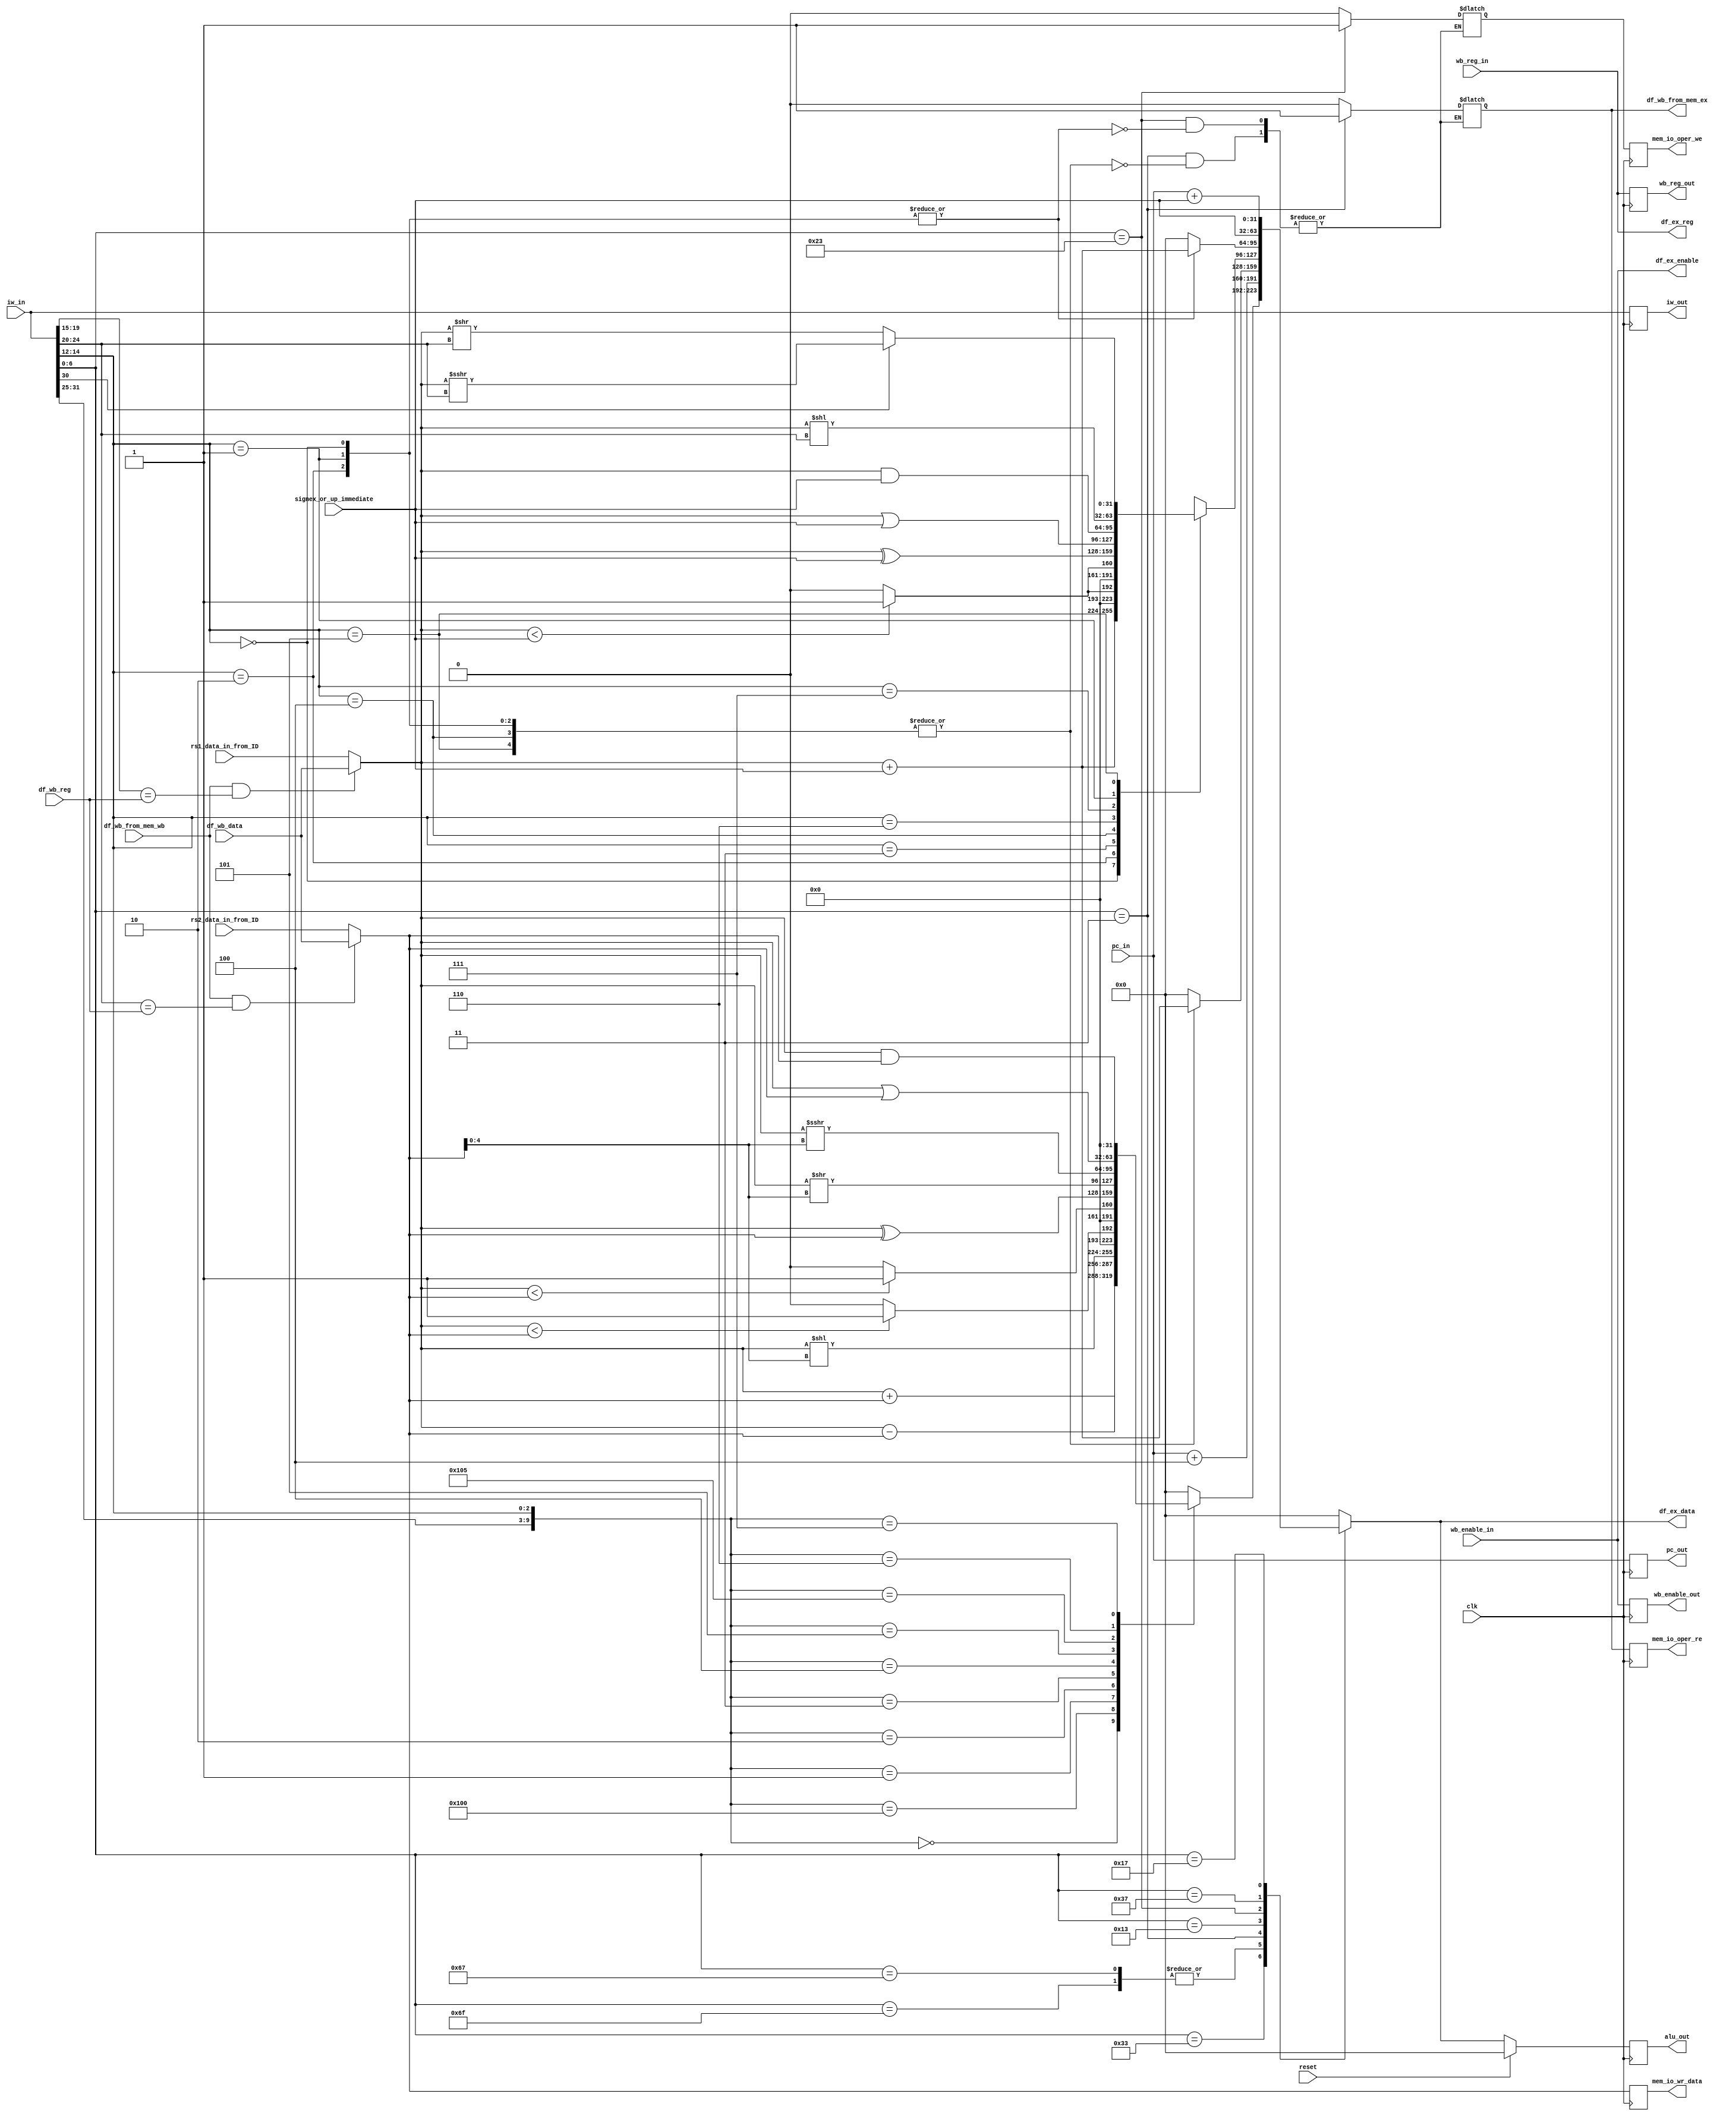
module rv32_ex
(
		//system clock and synchronous reset 
		input clk												,
		input reset												,
	 
		//From id stage 
	 
		input 		[31:0] 	pc_in							,
		input 		[31:0] 	iw_in							,
		input 		[31:0] 	rs1_data_in_from_ID		,
		input 		[31:0] 	rs2_data_in_from_ID		,
		input 		[4:0]		wb_reg_in					,
		input						wb_enable_in				,
		input 		[31:0]	signex_or_up_immediate	,
	 
		// to mem
		output reg 	[31:0] 	pc_out						,
		output reg 	[31:0] 	iw_out						,
		output reg 	[31:0] 	alu_out						,
		output reg 	[4:0] 	wb_reg_out					,
		output reg 				wb_enable_out				,
		output reg				mem_io_oper_re				,//alias writeback from memory 
		output reg				mem_io_oper_we				,
		output reg	[31:0]	mem_io_wr_data				,
		
		//to id stage for hazard detection 
		output					df_ex_enable				,
		output		[4:0]		df_ex_reg					,
		output 		[31:0]	df_ex_data					,
		
		//Load hazard detection to ID stage 
		output 					df_wb_from_mem_ex			,
		
		//Load hazard detection from write back 
		input 					df_wb_from_mem_wb			,
		input			[4:0]		df_wb_reg					,
		input			[31:0]	df_wb_data					
		
	 );
	
	//Instruction types 
	
	//R-type
	parameter	R_type		=	7'b0110011		;
	parameter 	ADD			=	10'b0000000000	;//concatination of funct7&funct3
	parameter 	SUB			=	10'b0100000000	;
	parameter 	SLL			=	10'b0000000001	;
	parameter 	SLT			=	10'b0000000010	;
	parameter 	SLTU			=	10'b0000000011	;
	parameter 	XOR			=	10'b0000000100	;
	parameter 	SRL			=	10'b0000000101	;
	parameter 	SRA			=	10'b0100000101	;
	parameter 	OR 			=	10'b0000000110	;
	parameter 	AND			=	10'b0000000111	;

	//I-type ,System instructions are not included as they don't belong to ALU
	//JUMP AND LINK	
	parameter	I_type_JALR	=	7'b1100111	;
	//MEMORY LOAD OPERATIONS
	parameter	I_type_LOAD	=	7'b0000011	;	
	parameter	LB				=	3'b000		;//funct3
	parameter	LH				=	3'b001		;
	parameter	LW				=	3'b010		;
	parameter	LBU			=	3'b100		;
	parameter 	LHU			=	3'b101		;
	//ADDI,SLTI---AND LOGICAL OPERATIONS
	parameter	I_type_OPER	=	7'b0010011	;	
	parameter	ADDI			=	3'b000		;//funct3
	parameter	SLTI			=	3'b010		;
	parameter	SLTIU			=	3'b011		;
	parameter	XORI			=	3'b100		;
	parameter 	ORI			=	3'b110		;
	parameter	ANDI			=	3'b111		;
	parameter	SLLI			=	3'b001		;
	parameter	SRLAI			=	3'b101		;//shift right logical and arithmetic are differentiated by iw_in[30]
	
	//S-type 
	parameter	S_type		=	7'b0100011	;	
	parameter 	SB				=	3'b000		;
	parameter	SH				=	3'b001		;
	parameter	SW				=	3'b010		;
	//B-type
	parameter	B_type		=	7'b1100011	;	
	parameter 	BEQ			=	3'b000		;
	parameter	BNE			=	3'b001		;
	parameter	BLT			=	3'b100		;	
	parameter 	BGE			=	3'b101		;
	parameter	BLTU			=	3'b110		;
	parameter	BGEU			=	3'b111		;
	
	//U-type
	parameter	U_type_LUI	=	7'b0110111	;
	parameter	U_type_AUIPC=	7'b0010111	;
	//J-type
	parameter	J_type		=	7'b1101111	;	
	
	wire 			[6:0 ]	opcode							;
	wire 			[2:0 ] 	funct3							;
	wire 			[6:0 ] 	funct7							;
	wire			[4:0 ]	shamt								;//no of shifts for shift instructions 
	wire			[9:0 ]	R_type_control_bits			;
	reg			[31:0]	alu_out_comb					;
	reg						mem_io_oper_re_comb			;//this signal indicates the mem block that the instruction invloves memory 		
	reg						mem_io_oper_we_comb			;//this signal indicates the mem block that the instruction invloves memory 		
	reg			[31:0]	load_instr_temp_result		;
	
	reg  			[31:0] 	rs1_data_in						;
	reg	  		[31:0] 	rs2_data_in						;
	wire signed [31:0] 	rs1_data_in_temp				;
	wire signed [31:0] 	rs2_data_in_temp				;
	
	wire 			[4:0] 	regif_rs1_reg					;
	wire 			[4:0] 	regif_rs2_reg					;
	
	
	assign opcode 					= 	iw_in[6:0]			;
	assign funct3					=	iw_in[14:12]		;
	assign shamt					=  iw_in[24:20]		;
	assign funct7					=	iw_in[31:25]		;
	assign R_type_control_bits	=	{funct7,funct3}	;
	
	
	assign 	regif_rs1_reg	=	iw_in[19:15]	;
	assign 	regif_rs2_reg	=	iw_in[24:20]	;
	
	//load hazard data forwardig from WB stage 
	//rs1
	always @(*)
	begin
		if(df_wb_from_mem_wb && (regif_rs1_reg == df_wb_reg))
		begin
			rs1_data_in	<=	df_wb_data	;
		end 
		else
		begin
			rs1_data_in	<=	rs1_data_in_from_ID	;
		end
	end 
	
	//rs2
	always @(*)
	begin
		if(df_wb_from_mem_wb && (regif_rs2_reg == df_wb_reg))
		begin
			rs2_data_in	<=	df_wb_data	;
		end 
		else
		begin
			rs2_data_in	<=	rs2_data_in_from_ID	;
		end
	end 
	
	
	assign rs1_data_in_temp = rs1_data_in				;
	assign rs2_data_in_temp = rs2_data_in				;

	//comb always block for computation
	always@(*)
	begin
		case(opcode)
				R_type:
					case(R_type_control_bits)
						ADD:
							alu_out_comb	<=	rs1_data_in + rs2_data_in													;
						SUB:
							alu_out_comb	<=	rs1_data_in - rs2_data_in													;
						SLL:
							alu_out_comb	<=	rs1_data_in << rs2_data_in[4:0]											;
						SLT:
							alu_out_comb	<=	(rs1_data_in_temp < rs2_data_in_temp)?1'b1:1'b0						;
						SLTU:
							alu_out_comb	<=	(rs1_data_in < rs2_data_in)?1'b1:1'b0									;
						XOR:
							alu_out_comb	<=	rs1_data_in ^ rs2_data_in													;
						SRL:
							alu_out_comb	<=	rs1_data_in >> rs2_data_in[4:0]											;
						SRA:
							alu_out_comb	<=	rs1_data_in >>> rs2_data_in[4:0]											;
						OR:
							alu_out_comb	<=	rs1_data_in | rs2_data_in													;
						AND:
							alu_out_comb	<=	rs1_data_in & rs2_data_in													;
							
						default:alu_out_comb <= 32'h0																			;
					endcase
					
				I_type_JALR,J_type:
					alu_out_comb	<=	pc_in + 32'h00000004																	;	
				
				I_type_LOAD://mentioned all the instructions for clarity, anyway tool will optimize it 
					case(funct3)
						LB,LH,LW,LBU,LHU:
							begin
								alu_out_comb			<=	rs1_data_in + 	signex_or_up_immediate							;
							end
							
						default:begin alu_out_comb <= 32'h0	;	end 
					endcase
				
				I_type_OPER:
					case(funct3)
						ADDI:
							alu_out_comb	<=	rs1_data_in + 	signex_or_up_immediate									;
						SLTI:
							alu_out_comb	<=	(rs1_data_in < signex_or_up_immediate)?1'b1:1'b0					;
						SLTIU:
							alu_out_comb	<=	({1'b0,rs1_data_in} < {1'b0,signex_or_up_immediate})?1'b1:1'b0	;
						XORI:
							alu_out_comb	<=	rs1_data_in ^ signex_or_up_immediate									;
						ORI:
							alu_out_comb	<=	rs1_data_in | signex_or_up_immediate									;
						ANDI:
							alu_out_comb	<=	rs1_data_in & signex_or_up_immediate									;
						SLLI:
							alu_out_comb	<=	rs1_data_in << shamt															;//u can use signex_or_up_immediate[4:0] instead of shamt but shamt is used for clarity 
						
						//Shift Right Logic and arithmetic are differentiated by 30th bit of instruction word 
						SRLAI:
						begin
							if(iw_in[30])
								alu_out_comb	<=	rs1_data_in >>> shamt													;
							else
								alu_out_comb	<=	rs1_data_in >> shamt														;
						end 
						
						default:alu_out_comb <= 32'h0																			;
					endcase
					
				S_type://mentioned all the instructions for clarity, anyway tool will optimize it 
					case(funct3)
						SB,SH,SW:
							begin
								alu_out_comb			<=	rs1_data_in + 	signex_or_up_immediate							;
							end
								
						default:begin alu_out_comb <= 32'h0	;	end 
					endcase	
	
				U_type_LUI:
					alu_out_comb	<=	signex_or_up_immediate																;
					
				U_type_AUIPC:
					alu_out_comb	<=	pc_in + signex_or_up_immediate													;
					
				default:begin alu_out_comb <= 32'h0	;	end 			
		endcase	
	end	
	
	always @(*)
	begin
		case(opcode)
			I_type_LOAD://mentioned all the instructions for clarity, anyway tool will optimize it 
					case(funct3)
						LB,LH,LW,LBU,LHU:
							begin
								mem_io_oper_re_comb	<=	1'b1																		;
								mem_io_oper_we_comb	<=	1'b0																		;
							end
					 endcase
			S_type://mentioned all the instructions for clarity, anyway tool will optimize it 
					case(funct3)
						SB,SH,SW:
							begin
								mem_io_oper_we_comb	<=	1'b1																		;
								mem_io_oper_re_comb	<=	1'b0																		;
							end
					endcase	
							
			default:begin mem_io_oper_re_comb <=	1'b0	; mem_io_oper_we_comb <=	1'b0	;	end 
		endcase
	end
		


	always @(posedge clk)
	begin
		if(reset)
			alu_out	<=	32'b0								;//intentionally skipped everything except alu_out because remaining will be done in the previous stage  
		else
			alu_out			<=	alu_out_comb			;
			mem_io_oper_re	<=	mem_io_oper_re_comb	;
			mem_io_oper_we	<=	mem_io_oper_we_comb	;
			mem_io_wr_data	<=	rs2_data_in				;//source for all the store instruction is register 2 
			pc_out			<=	pc_in						;
			iw_out			<=	iw_in						;
			wb_reg_out		<=	wb_reg_in				;
			wb_enable_out	<=	wb_enable_in			;
	end 
	
	//data hazard detection required signlas 
	assign df_ex_enable	=	wb_enable_in	;
	assign df_ex_reg		=	wb_reg_in		;
	assign df_ex_data		=	alu_out_comb	;
	
	//Load hazard detection required signal to ID block 
	assign df_wb_from_mem_ex	=	mem_io_oper_re_comb	;
	
	
	
							
endmodule